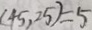
( 4 5 , 2 5 ) = 5